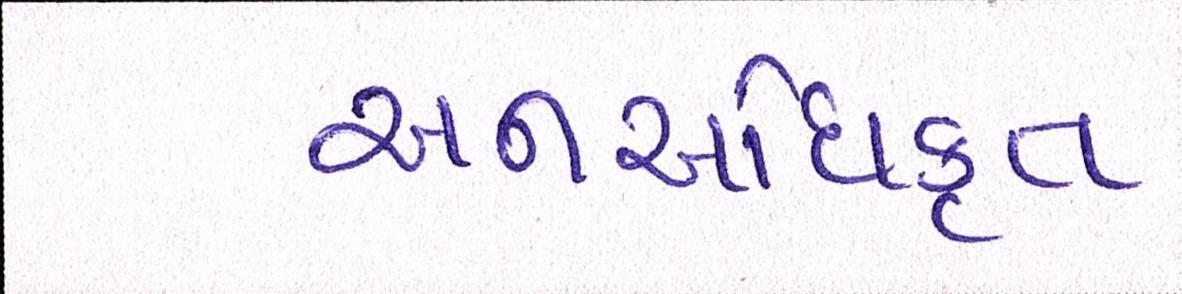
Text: અનઅધિકૃત